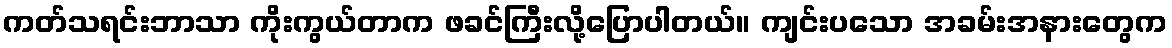
ကတ်သရင်းဘာသာ ကိုးကွယ်တာက ဖခင်ကြီးလို့ပြောပါတယ်။ ကျင်းပသော အခမ်းအနားတွေက